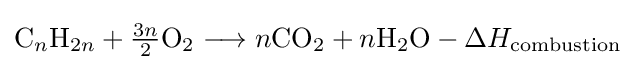
{\mathrm {C} }_{n}{\mathrm {H} }_{2n}+{\tfrac {3n}{2}}{\mathrm {O} {\vphantom {A}}_{\smash[{t}]{2}}}\longrightarrow n{\mathrm {CO} {\vphantom {A}}_{\smash[{t}]{2}}}+n{\mathrm {H} {\vphantom {A}}_{\smash[{t}]{2}}\mathrm {O} }-\Delta H_{\text{combustion}}